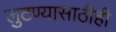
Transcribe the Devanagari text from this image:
लुटण्यासाठीही